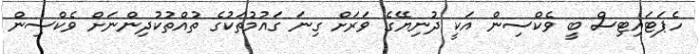
ހެޕަޓައިޓިސް ބީ ވެކްސިން އަކީ ދުނިޔޭގެ ވަރަށް ގިނަ ގައުމުތަކުގެ ތުއްތުކުދިންނަށް ވެކްސިން